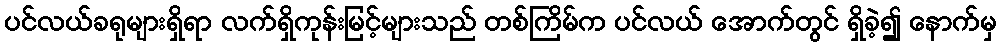
ပင်လယ်ခရုများရှိရာ လက်ရှိကုန်းမြင့်များသည် တစ်ကြိမ်က ပင်လယ် အောက်တွင် ရှိခဲ့၍ နောက်မှ